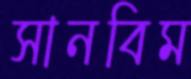
সানবিম